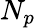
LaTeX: N_{p}